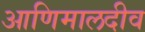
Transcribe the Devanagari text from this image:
आणिमालदीव